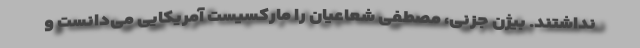
نداشتند. بیژن جزنی، مصطفی شعاعیان را ماركسیست آمریكایی می‌دانست و